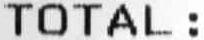
TOTAL :